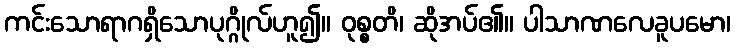
ကင်းသောရာဂရှိသောပုဂ္ဂိုလ်ဟူ၍။ ဝုစ္စတိ၊ ဆိုအပ်၏။ ပါသာဏလေခူပမော၊